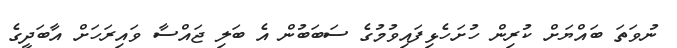
ނުވަތަ ބައްޔަށް ކުރިން ހުށަހެޅިފައިވުމުގެ ސަބަބުން އެ ބަލި ޖައްސާ ވައިރަހަށް އާބަދީގެ